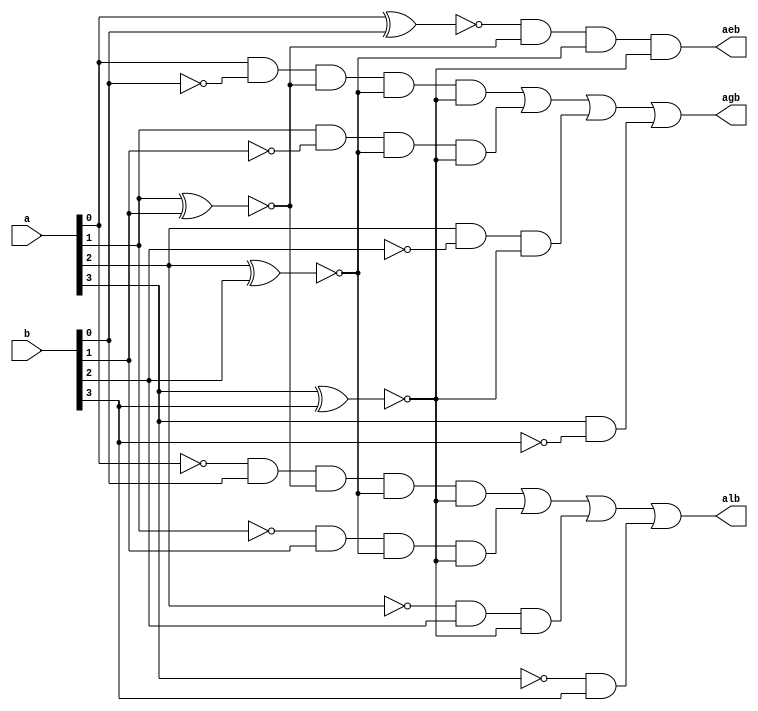
			
//IC7485
// Dataflow modeling
module comparator(a, b, alb, aeb, agb);
	input [3:0] a,b;
	output alb, agb, aeb;
	wire and_a0,and_a1,and_a2,and_a3,and_b0,and_b1,and_b2,and_b3;  
	wire xab0, xab1, xab2, xab3; 
	
	// A equal to B
	assign xab0 = ~(a[0]^b[0]);
	assign xab1 = ~(a[1]^b[1]);
	assign xab2 = ~(a[2]^b[2]);
	assign xab3 = ~(a[3]^b[3]);
	
	assign aeb = xab0 & xab1 & xab2 & xab3;
	
	// A greater than B
	assign and_a0 = a[0] & (~b[0]) & xab1 & xab2 & xab3;
	assign and_a1 = a[1] & (~b[1]) & xab2 & xab3;
	assign and_a2 = a[2] & (~b[2]) & xab3; 
	assign and_a3 = a[3] & (~b[3]);	
	
	assign agb = and_a0 | and_a1 | and_a2 | and_a3;
    
	// A less than B   
	assign and_b0 = (~a[0]) & b[0] & xab1 & xab2 & xab3;
	assign and_b1 = (~a[1]) & b[1] & xab2 & xab3;
	assign and_b2 = (~a[2]) & b[2] & xab3; 
	assign and_b3 = (~a[3]) & b[3];
	
	assign alb = and_b0 | and_b1 | and_b2 | and_b3;
	
endmodule 


/*
// Behavioral Modeling		

module comparator(a, b, alb, aeb, agb);
	input [3:0] a,b;
	output reg alb, agb, aeb;
	reg and_a0,and_a1,and_a2,and_a3,and_b0,and_b1,and_b2,and_b3;  
	reg xab0, xab1, xab2, xab3; 
	
	always@(a or b)
		begin
	      // A equal to B
          xab0 = ~(a[0]^b[0]);
	      xab1 = ~(a[1]^b[1]);
          xab2 = ~(a[2]^b[2]);
	      xab3 = ~(a[3]^b[3]);
	
	      aeb = xab0 & xab1 & xab2 & xab3;
	
      	 // A greater than B
          and_a0 = a[0] & (~b[0]) & xab1 & xab2 & xab3;
      	  and_a1 = a[1] & (~b[1]) & xab2 & xab3;
      	  and_a2 = a[2] & (~b[2]) & xab3; 
      	  and_a3 = a[3] & (~b[3]);	
      	
      	  agb = and_a0 | and_a1 | and_a2 | and_a3;
    
	      // A less than B   
	      and_b0 = (~a[0]) & b[0] & xab1 & xab2 & xab3;
	      and_b1 = (~a[1]) & b[1] & xab2 & xab3;
	      and_b2 = (~a[2]) & b[2] & xab3; 
	      and_b3 = (~a[3]) & b[3];
	
	      alb = and_b0 | and_b1 | and_b2 | and_b3;
	
	      end
endmodule 

		
// Structural / gatelevel modeling

module comparator(a, b, alb, aeb, agb);
	input [3:0] a,b;
	output alb, agb, aeb;	
	wire na0, na1, na2, na3, nb0, nb1, nb2, nb3;
	wire and_a0, and_a1, and_a2, and_a3, and_b0, and_b1, and_b2, and_b3;  
	wire xab0, xab1, xab2, xab3; 
	
	not nota0(na0,a[0]), nota1(na1,a[1]), nota2(na2,a[2]), nota3 (na3,a[3]),
	    notb0 (nb0,b[0]), notb1 (nb1,b[1]), notb2 (nb2,b[2]), notb3 (nb3,b[3]);
		
	// A equal to B
	xnor xnor0 (xab0,a[0],b[0]),
	     xnor1 (xab1,a[1],b[1]),
	     xnor2 (xab2,a[2],b[2]),
	     xnor3 (xab3,a[3],b[3]);
	 and and_aed (aeb,xab0,xab1,xab2,xab3);
	
      // A greater than B
      and anda0 (and_a0,a[0],nb0,xab1,xab2,xab3),
      	  anda1 (and_a1,a[1],nb1,xab2,xab3),
      	  anda2 (and_a2,a[2],nb2,xab3), 
      	  anda3 (and_a3,a[3],nb3);	
      or or_agb (agb,and_a0,and_a1,and_a2,and_a3);
    
	   // A less than B   
	  and andb0 (and_b0, na0, b[0] ,xab1 ,xab2 ,xab3),
	      andb1 (and_b1, na1, b[1] ,xab2 ,xab3),
	      andb2 (and_b2, na2, b[2] ,xab3), 
	      andb3 (and_b3, na3, b[3]);
	  or or_alb (alb, and_b0, and_b1, and_b2, and_b3);
	
endmodule

*/